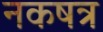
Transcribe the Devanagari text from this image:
नकषत्र